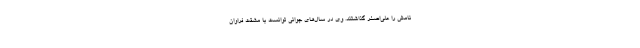
نامش را علی‌اصغر گذاشتند. وی در سال‌های جوانی توانست با مشقت فراوان